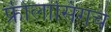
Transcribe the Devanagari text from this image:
फ्रीलांसिगचे